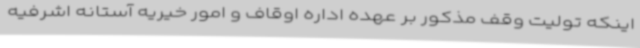
اینکه تولیت وقف مذکور بر عهده اداره اوقاف و امور خیریه آستانه اشرفیه